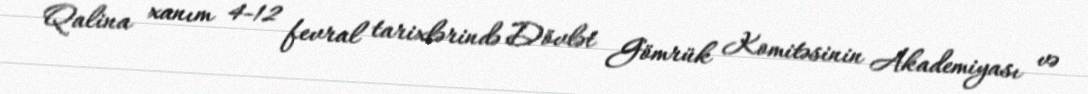
Qalina xanım 4-12 fevral tarixlərində Dövlət Gömrük Komitəsinin Akademiyası və